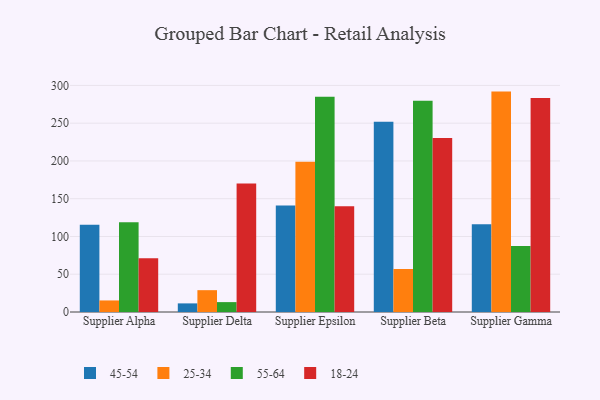
{"axis": {"x": "Supplier", "y": "Tickets Resolved"}, "legend": ["18-24", "25-34", "45-54", "55-64"], "data": [{"x": "Supplier Alpha", "y": 115.5, "type": "45-54"}, {"x": "Supplier Alpha", "y": 15.3, "type": "25-34"}, {"x": "Supplier Alpha", "y": 118.8, "type": "55-64"}, {"x": "Supplier Alpha", "y": 71.3, "type": "18-24"}, {"x": "Supplier Delta", "y": 11.4, "type": "45-54"}, {"x": "Supplier Delta", "y": 28.9, "type": "25-34"}, {"x": "Supplier Delta", "y": 13.1, "type": "55-64"}, {"x": "Supplier Delta", "y": 170.2, "type": "18-24"}, {"x": "Supplier Epsilon", "y": 141.0, "type": "45-54"}, {"x": "Supplier Epsilon", "y": 199.0, "type": "25-34"}, {"x": "Supplier Epsilon", "y": 285.0, "type": "55-64"}, {"x": "Supplier Epsilon", "y": 140.0, "type": "18-24"}, {"x": "Supplier Beta", "y": 251.8, "type": "45-54"}, {"x": "Supplier Beta", "y": 56.9, "type": "25-34"}, {"x": "Supplier Beta", "y": 279.7, "type": "55-64"}, {"x": "Supplier Beta", "y": 230.4, "type": "18-24"}, {"x": "Supplier Gamma", "y": 116.1, "type": "45-54"}, {"x": "Supplier Gamma", "y": 291.8, "type": "25-34"}, {"x": "Supplier Gamma", "y": 87.4, "type": "55-64"}, {"x": "Supplier Gamma", "y": 283.3, "type": "18-24"}]}